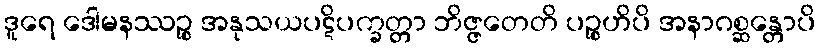
ဒူရေ ဒေါမနဿဉ္စ အနုသယပဋိပက္ခတ္တာ ဘိဇ္ဇတေတိ ပဉ္စဟိပိ အနာဂစ္ဆန္တောပိ